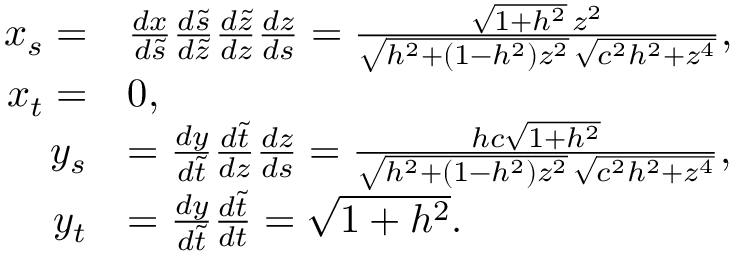
\begin{array} { r l } { x _ { s } = } & { \frac { d x } { d \tilde { s } } \frac { d \tilde { s } } { d \tilde { z } } \frac { d \tilde { z } } { d z } \frac { d z } { d s } = \frac { \sqrt { 1 + h ^ { 2 } } \, z ^ { 2 } } { \sqrt { h ^ { 2 } + ( 1 - h ^ { 2 } ) z ^ { 2 } } \, \sqrt { c ^ { 2 } h ^ { 2 } + z ^ { 4 } } } , } \\ { x _ { t } = } & { 0 , } \\ { y _ { s } } & { = \frac { d y } { d \tilde { t } } \frac { d \tilde { t } } { d z } \frac { d z } { d s } = \frac { h c \sqrt { 1 + h ^ { 2 } } } { \sqrt { h ^ { 2 } + ( 1 - h ^ { 2 } ) z ^ { 2 } } \, \sqrt { c ^ { 2 } h ^ { 2 } + z ^ { 4 } } } , } \\ { y _ { t } } & { = \frac { d y } { d \tilde { t } } \frac { d \tilde { t } } { d t } = \sqrt { 1 + h ^ { 2 } } . } \end{array}